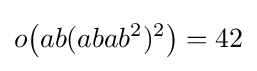
o{\bigl (}ab(abab^{2})^{2}{\bigr )}=42